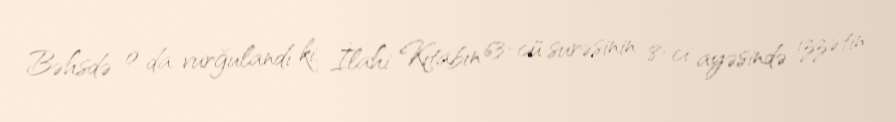
Bəhsdə o da vurğulandı ki, İlahi Kitabın 63-cü surəsinin 8-ci ayəsində izzətin